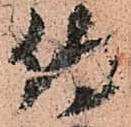
侍